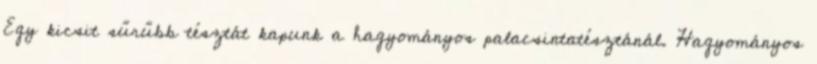
Egy kicsit sűrűbb tésztát kapunk a hagyományos palacsintatésztánál. Hagyományos